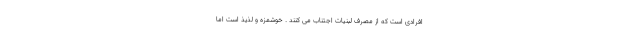
افرادی است که از مصرف لبنیات اجتناب می کنند . خوشمزه و لذیذ است اما